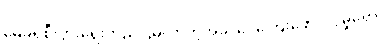
မေခရိုစီးပွားရေးတည်ငြိမ်လာတဲ့အခါ ငွေကြေးဖောင်းပွမှုရော